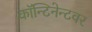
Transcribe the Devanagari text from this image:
कॉन्टिनेन्टवर